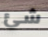
شئ